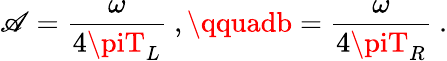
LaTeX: \mathscr{A}={\frac{{\omega}}{{4\piT_{L}}}}\ ,\qquadb={\frac{{\omega}}{{4\piT_{R}}}}\ .